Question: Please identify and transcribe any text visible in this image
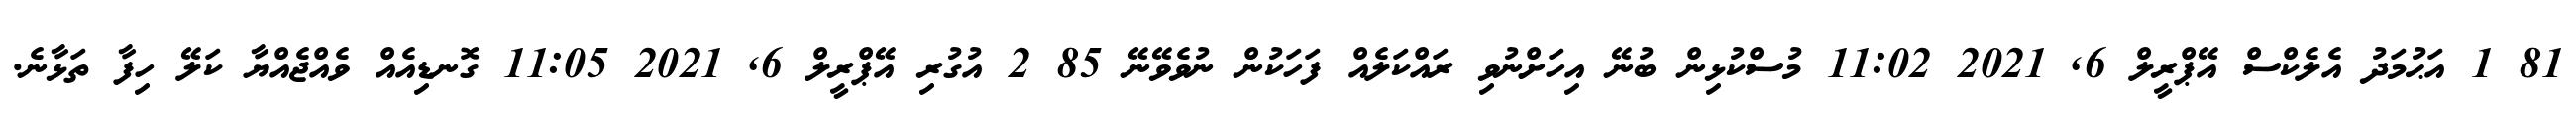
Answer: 81 1 އަޙުމަދު އެލެކްސް އޭޕްރީލް 6, 2021 11:02 މުސްކުޅިން ބުނޭ އިހަށްނުވި ރައްކަލެއް ފަހަކުން ނުވެވޭނޭ 85 2 އުގުރި އޭޕްރީލް 6, 2021 11:05 ގޮނޑިއެއް ވެއްޖެއްޔާ ކަލޭ ހިފާ ތަޅާނެ.